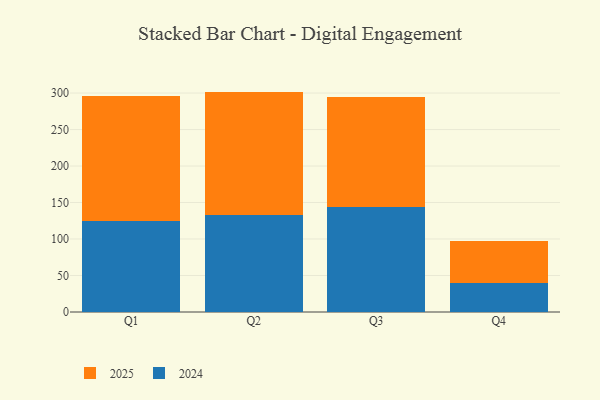
{"axis": {"x": "Quarter", "y": "Energy Usage (MWh)"}, "legend": ["2024", "2025"], "data": [{"x": "Q1", "y": 170.7, "type": "2025"}, {"x": "Q1", "y": 125.0, "type": "2024"}, {"x": "Q2", "y": 169.2, "type": "2025"}, {"x": "Q2", "y": 132.8, "type": "2024"}, {"x": "Q3", "y": 150.3, "type": "2025"}, {"x": "Q3", "y": 144.4, "type": "2024"}, {"x": "Q4", "y": 57.6, "type": "2025"}, {"x": "Q4", "y": 40.3, "type": "2024"}]}